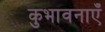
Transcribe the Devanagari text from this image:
कुभावनाएँ